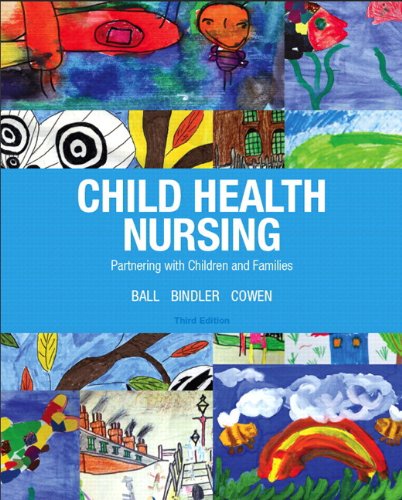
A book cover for Child Health Nursing (3rd Edition) (Child Health Nursing: Partnering with Children & Families); Jane W. Ball DrPH  RN  CPNP; Medical Books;